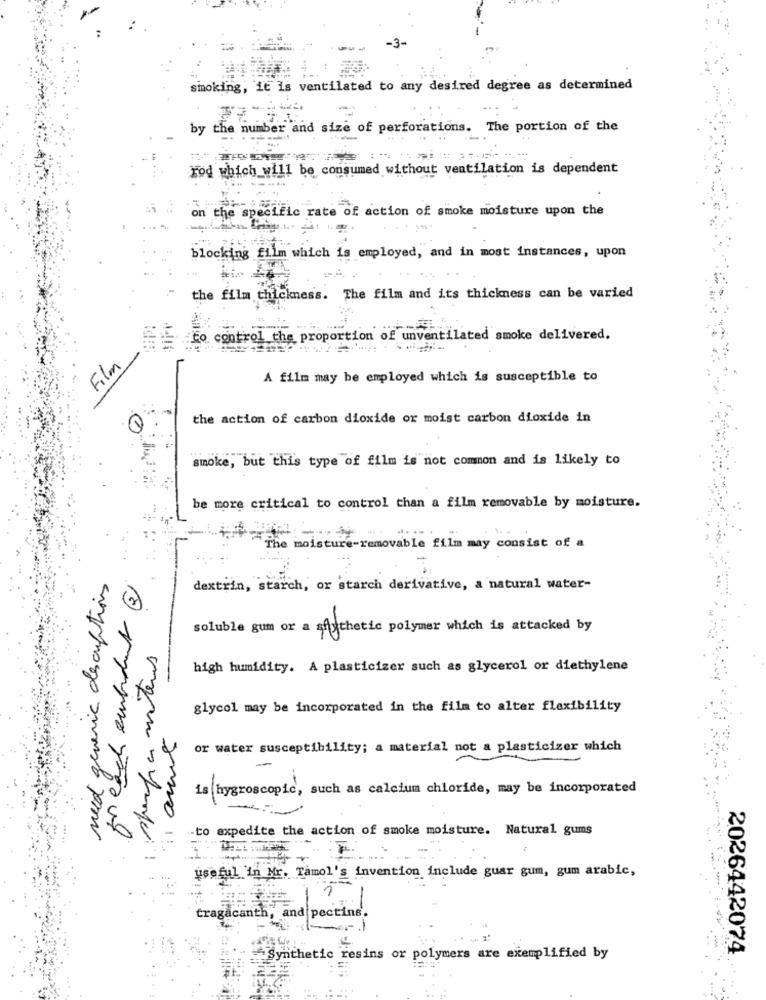
-3-
smoking, it Is ventilated to any desired degree as determined
by the number and size of perforations. The portion of the
rod which will be consumed without ventilation is dependent
on the specific rate of action of smoke moisture upon the
blocking film which is employed, and in most instances, upon
the film thickness. The film and its thickness can be varied
to control the proportion of unventilated smoke delivered.
Film
A film may be employed which is susceptible to
the action of carbon dioxide or moist carbon dioxide in
smoke, but this type of film is not common and is likely to
be more critical to control than a film removable by moisture.
----
....-
The moisture-removable film may consist of a
need generic descriptions
for each embout 3
dextrin, starch, or starch derivative, a natural water-
soluble gum or a sfuthetic polymer which is attacked by
sparga vitens
high humidity. A plasticizer such as glycerol or diethylene
glycol may be incorporated in the film to alter flexibility
or water susceptibility; a material not a plasticizer which
is hygroscopic, such as calcium chloride, may be incorporated
to expedite the action of smoke moisture. Natural gums
Z
useful in Mr. Tamol's invention include guar gum, gum arabic,
tragacanth, and pectine.
Synthetic resins or polymers are exemplified by
2026442074.